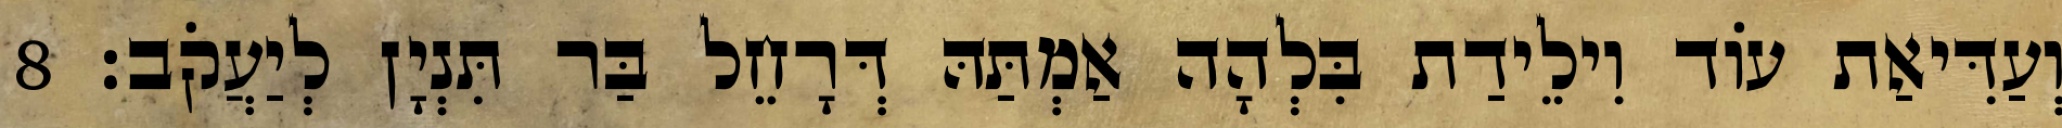
וְעַדִּיאַת עוֹד וִילֵידַת בִּלְהָה אַמְתַּהּ דְּרָחֵל בַּר תִּנְיָן לְיַעֲקֹב׃ 8